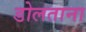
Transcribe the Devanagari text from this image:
डोलताना